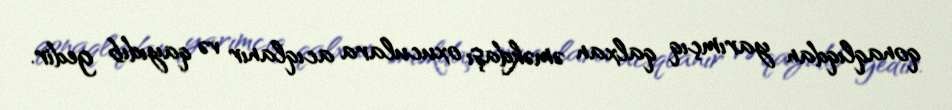
qonaqlıqdan yarımçıq qalxan əməkdaşı oxuculara acıqlanır və qayıdıb gedir.